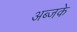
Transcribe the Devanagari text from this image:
अब्जके